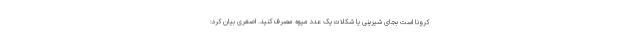
کرونا است بجای شیرینی یا شکلات یک عدد میوه مصرف کنید. اصغری بیان کرد: